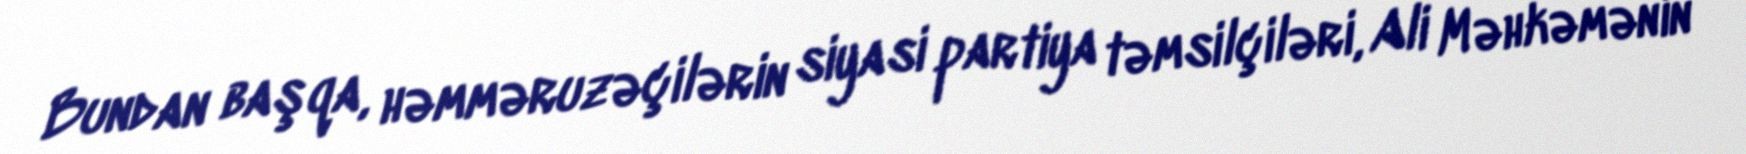
Bundan başqa, həmməruzəçilərin siyasi partiya təmsilçiləri, Ali Məhkəmənin